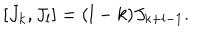
[ J _ { k } , J _ { l } ] = ( l - k ) J _ { k + l - 1 } .